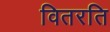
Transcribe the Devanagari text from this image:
वितरति